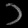
Digit: ၁